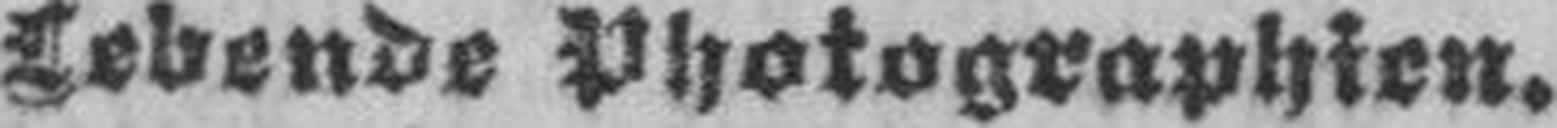
Lebende Photographien.